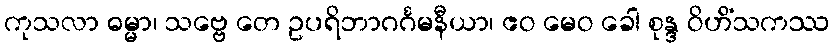
ကုသလာ ဓမ္မာ၊ သဗ္ဗေ တေ ဥပရိဘာဂင်္ဂမနီယာ၊ ဧဝ မေဝ ခေါ စုန္ဒ ဝိဟိံသကဿ